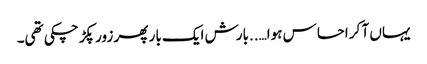
یہاں آ کر احساس ہوا…..بارش ایک بار پھر زور پکڑ چکی تھی۔